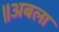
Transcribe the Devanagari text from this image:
॥अबला